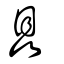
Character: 瞐